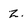
Character: z